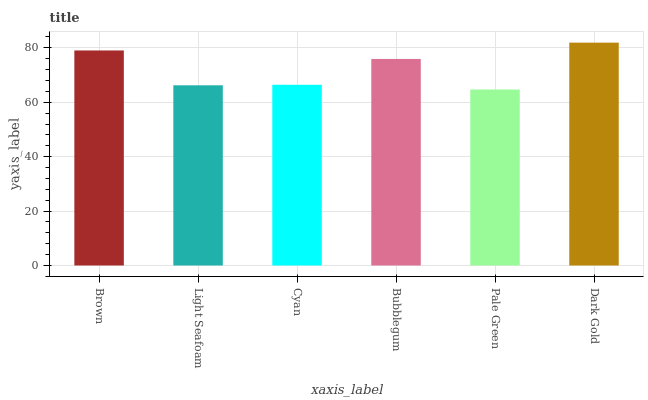
| xaxis_label | bars |
 | --- | --- |
 | Brown | 79 |
 | Light Seafoam | 66.2 |
 | Cyan | 66.4 |
 | Bubblegum | 75.9 |
 | Pale Green | 64.7 |
 | Dark Gold | 81.9 |